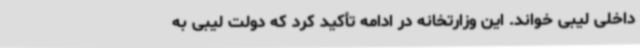
داخلی لیبی خواند. این وزارتخانه در ادامه تأکید کرد که دولت لیبی به